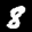
Label: 8